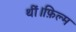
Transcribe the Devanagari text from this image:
थीं।फ़िल्म